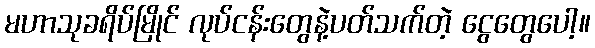
မဟာသုခရိပ်မြိုင် လုပ်ငန်းတွေနဲ့ပတ်သက်တဲ့ ငွေတွေပေါ့။